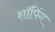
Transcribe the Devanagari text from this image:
शाॅपिंग